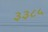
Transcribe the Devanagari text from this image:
३३८५